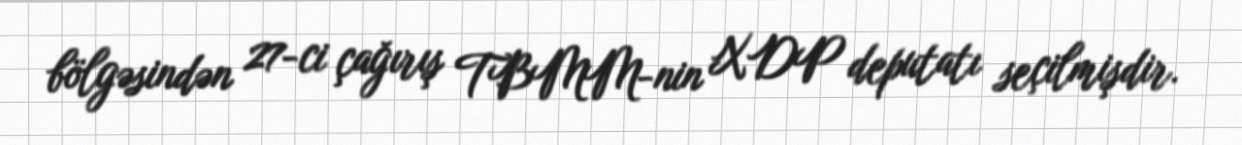
bölgəsindən 27-ci çağırış TBMM-nin XDP deputatı seçilmişdir.